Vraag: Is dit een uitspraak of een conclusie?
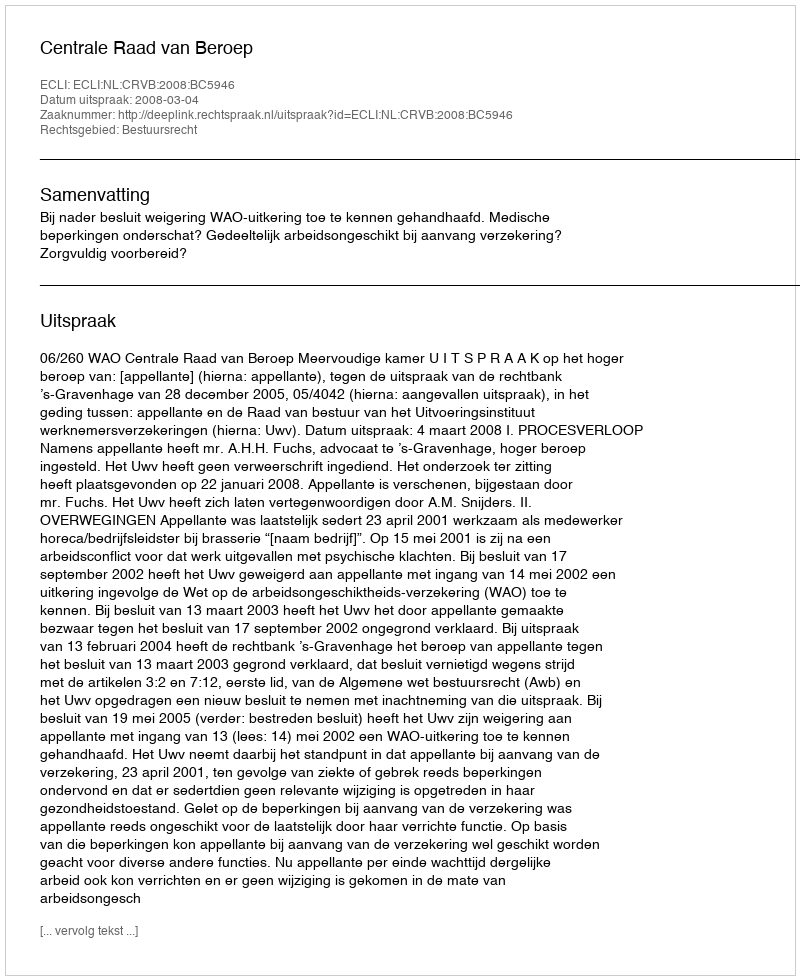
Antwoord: Uitspraak